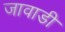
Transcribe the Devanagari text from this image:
जावाडी